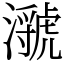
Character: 㶁